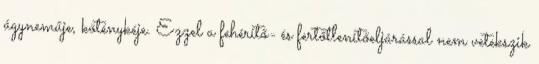
ágyneműje, köténykéje. Ezzel a fehérítő- és fertőtlenítőeljárással nem vetekszik